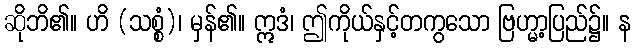
ဆိုဘိ၏။ ဟိ (သစ္စံ)၊ မှန်၏။ ဣဒံ၊ ဤကိုယ်နှင့်တကွသော ဗြဟ္မာ့ပြည်၌။ န